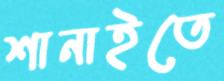
শানাইতে